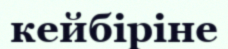
кейбіріне